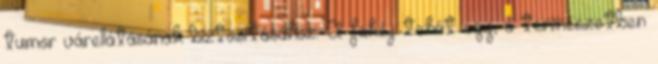
tumor várellátásának biztosításához. A fahéj tehát egy, a természetben